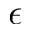
\boldsymbol { \epsilon }